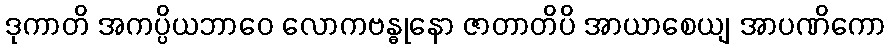
ဒုကာတိ အကပ္ပိယဘာဝေ လောကဗန္ဓုနော ဇာတာတိပိ အာယာစေယျ အာပဏိကော